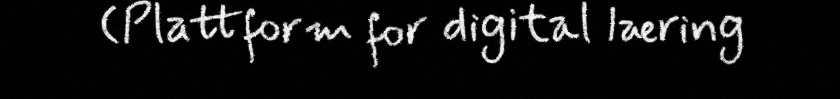
(Plattform for digital læring